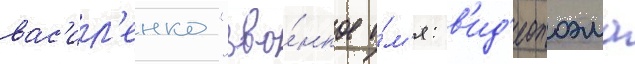
вас'ил'енко "зво́нкое и́м'я: в'ид'еопоэма